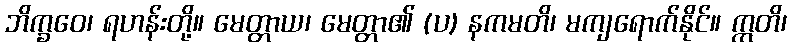
ဘိက္ခဝေ၊ ရဟန်းတို့။ မေတ္တာယ၊ မေတ္တာ၏ (ပ) နကမတိ၊ မကျရောက်နိုင်။ ဣတိ၊